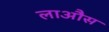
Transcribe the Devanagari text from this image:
लाऔस